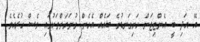
އޭ އަދި ބީ އެންޓިޖަން ހަށިގަނޑުގެ ބައެއް އެހެން ގުނަވަންތަކުގައި ވެސް ހުރެއެވެ.